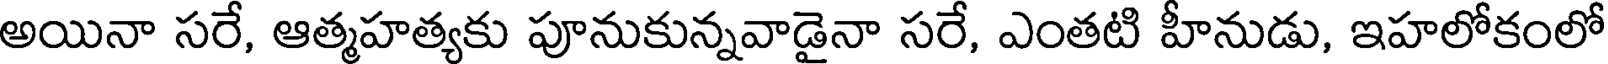
అయినా సరే, ఆత్మహత్యకు పూనుకున్నవాడైనా సరే, ఎంతటి హీనుడు, ఇహలోకంలో